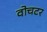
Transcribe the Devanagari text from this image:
वोचटर